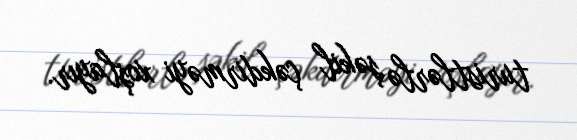
turistlərlə şəkil çəkdirməyi xoşlayır.